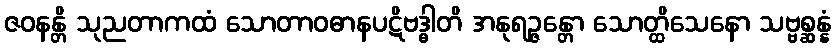
ဇဝနန္တိ သုညတာကထံ သောတာဝဓာနပဋိဗဒ္ဓါတိ အနုရဉ္ဇန္တော သောတ္ထိသေနော သဗ္ဗစ္ဆန္နံ